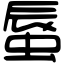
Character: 蜃